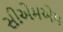
સીએમએમ